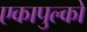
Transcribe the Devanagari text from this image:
एकापुल्को